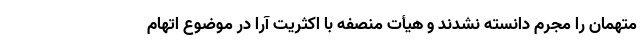
متهمان را مجرم دانسته نشدند و هیأت منصفه با اکثریت آرا در موضوع اتهام